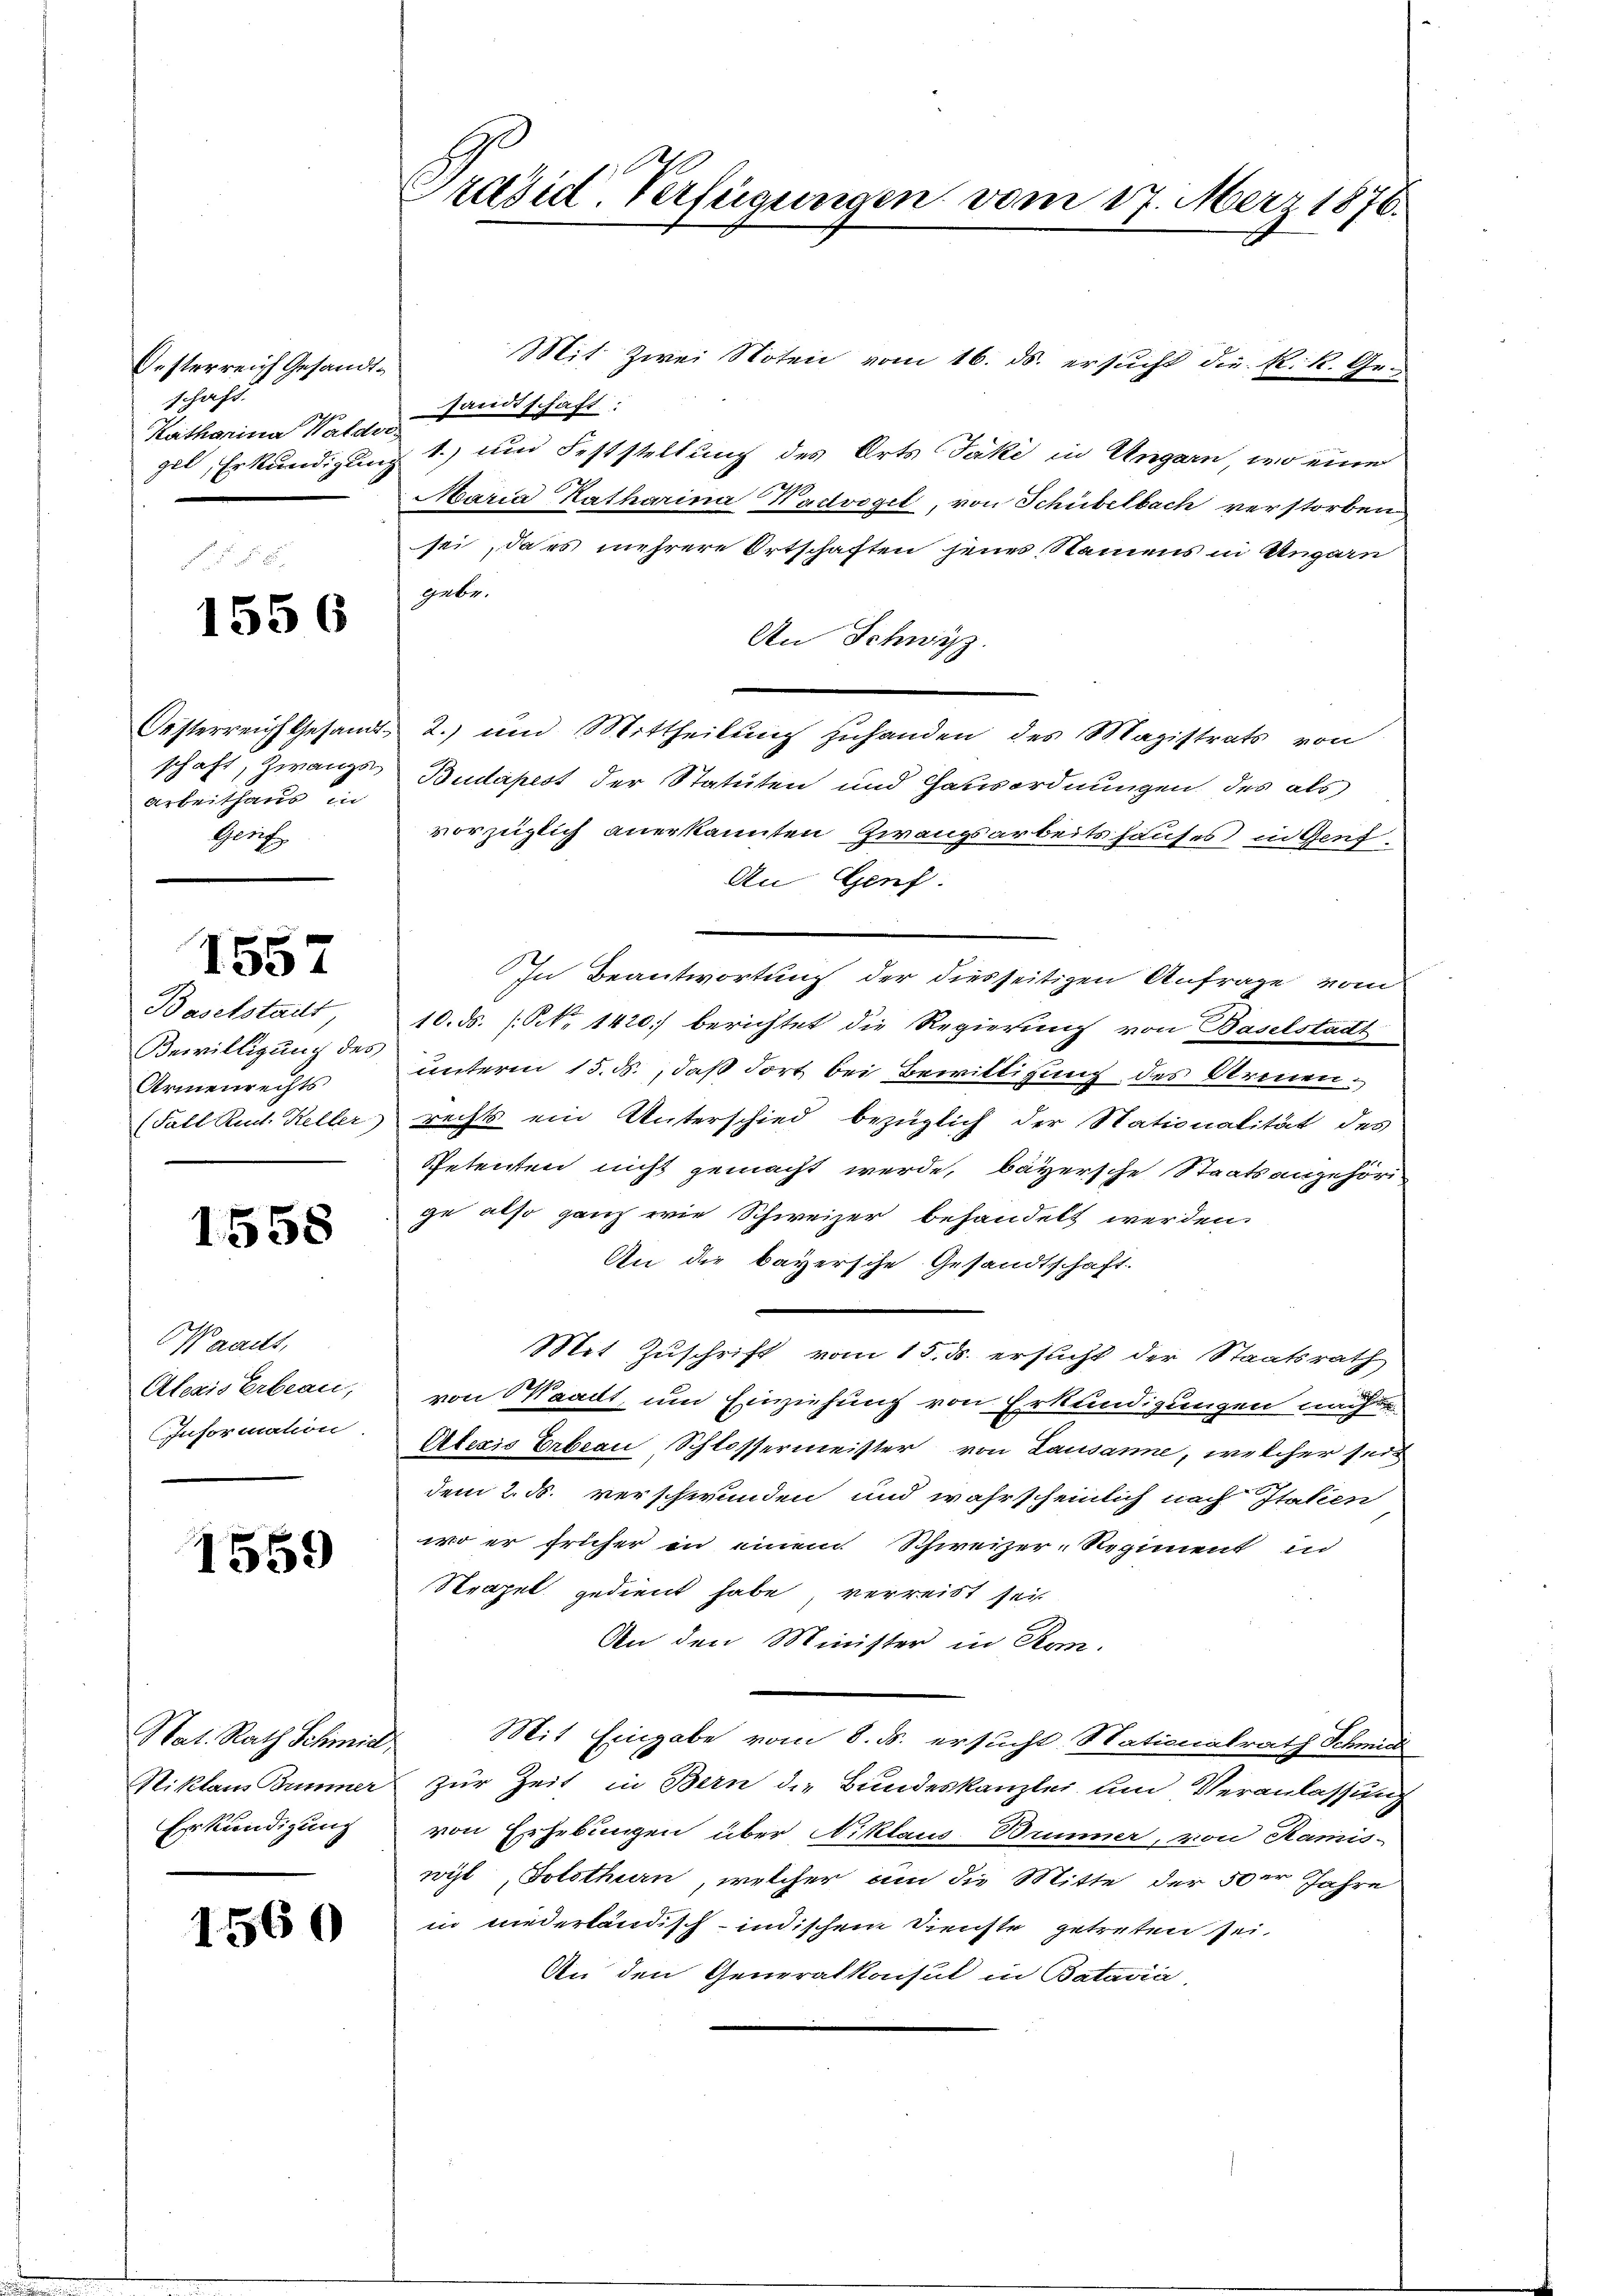
Oesterreich Gesandtschaft.
Katharina Waldve

1556

arbeithaus in
Geric

557

Baselstadt
Armenrechts

1558

Waadt,

1559

Nat. Rath Schmid
Erkundigung

1560

Präsid. Verfügungen vom 17. März 1876.

Mit Zwei Noten vom 16. ds. ersucht die k. k. Gesandtschaft:
gel, Erkundigung 1.) und Feststellung des Orts Jäki in Ungarn, wo eine
Maria Katharina Wachvogel, von Schübelbach verstorben
sei, dass mehrere Ortschaften jenes Namens in Ungarn
gebe.
An Schwyz.
Oesterreich Gesandt, 2.) und Mittheilung zuhanden des Magistrats von
schaft, Zwangs Budapest der Statuten und Hausordnungen des als
vorzüglich anerkannten Zwangsarbeitshauses) in Genf.
An Genf.
In Beantwortung der diesseitigen Anfrage vom
10. ds. (NNo. 1420) berichtet die Regierung von Baselstadt
Bewilligung des unterm 15. ds., daß dort bei Bewilligung des Armen¬
(Fall Rud. Keller rechts ein Unterschied bezüglich der Nationalität des
Spetenten nicht gemacht werde, bayersche Staatsangehör
ge also ganz wie Schweizer behandelt werden.
An die bayersche Gesandtschaft.
Mit Zuschrift vom 15. ds. ersucht der Staatsrath
Alexis Erbeau, von Waadt, um Einziehung von Erkundigungen nach
Information. Aberis Erbau Schlossermeister von Lausanne, welcher sein
dem 2. d. verschwunden und wahrscheinlich nach Italien
wo er früher in einem Schweizer-Regiment in
Strapel gedient habe, verreist seit
An den Minister in Kon-
Mit Eingabe vom 8. ds. ersucht Nationalrath Schmid
Niklaus Zimmer zur Zeit in Bern die Bundeskanzlei, um Veranlassung
von Erhebungen über Niklaus Brunner, von Kamis-
wyl, Solothurn, welcher am die Mitte der 50er Jahre
in niederländisch-indischem Dienste getreten sei.
An den Generalkaisul in Batavia